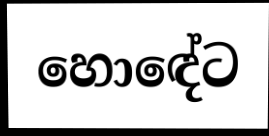
හොඳේට